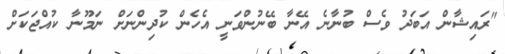
"ރައިޝާން އަބަދު ވެސް ބުނާނެ އޭނާ ބޭނުންވަނީ އެހެން ކުދިންނަށް ނަމޫނާ ކުއްޖަކަށް